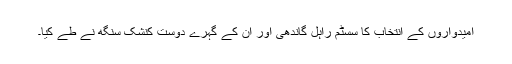
امیدواروں کے انتخاب کا سسٹم راہل گاندھی اور ان کے گہرے دوست کنشک سنگھ نے طے کیا۔